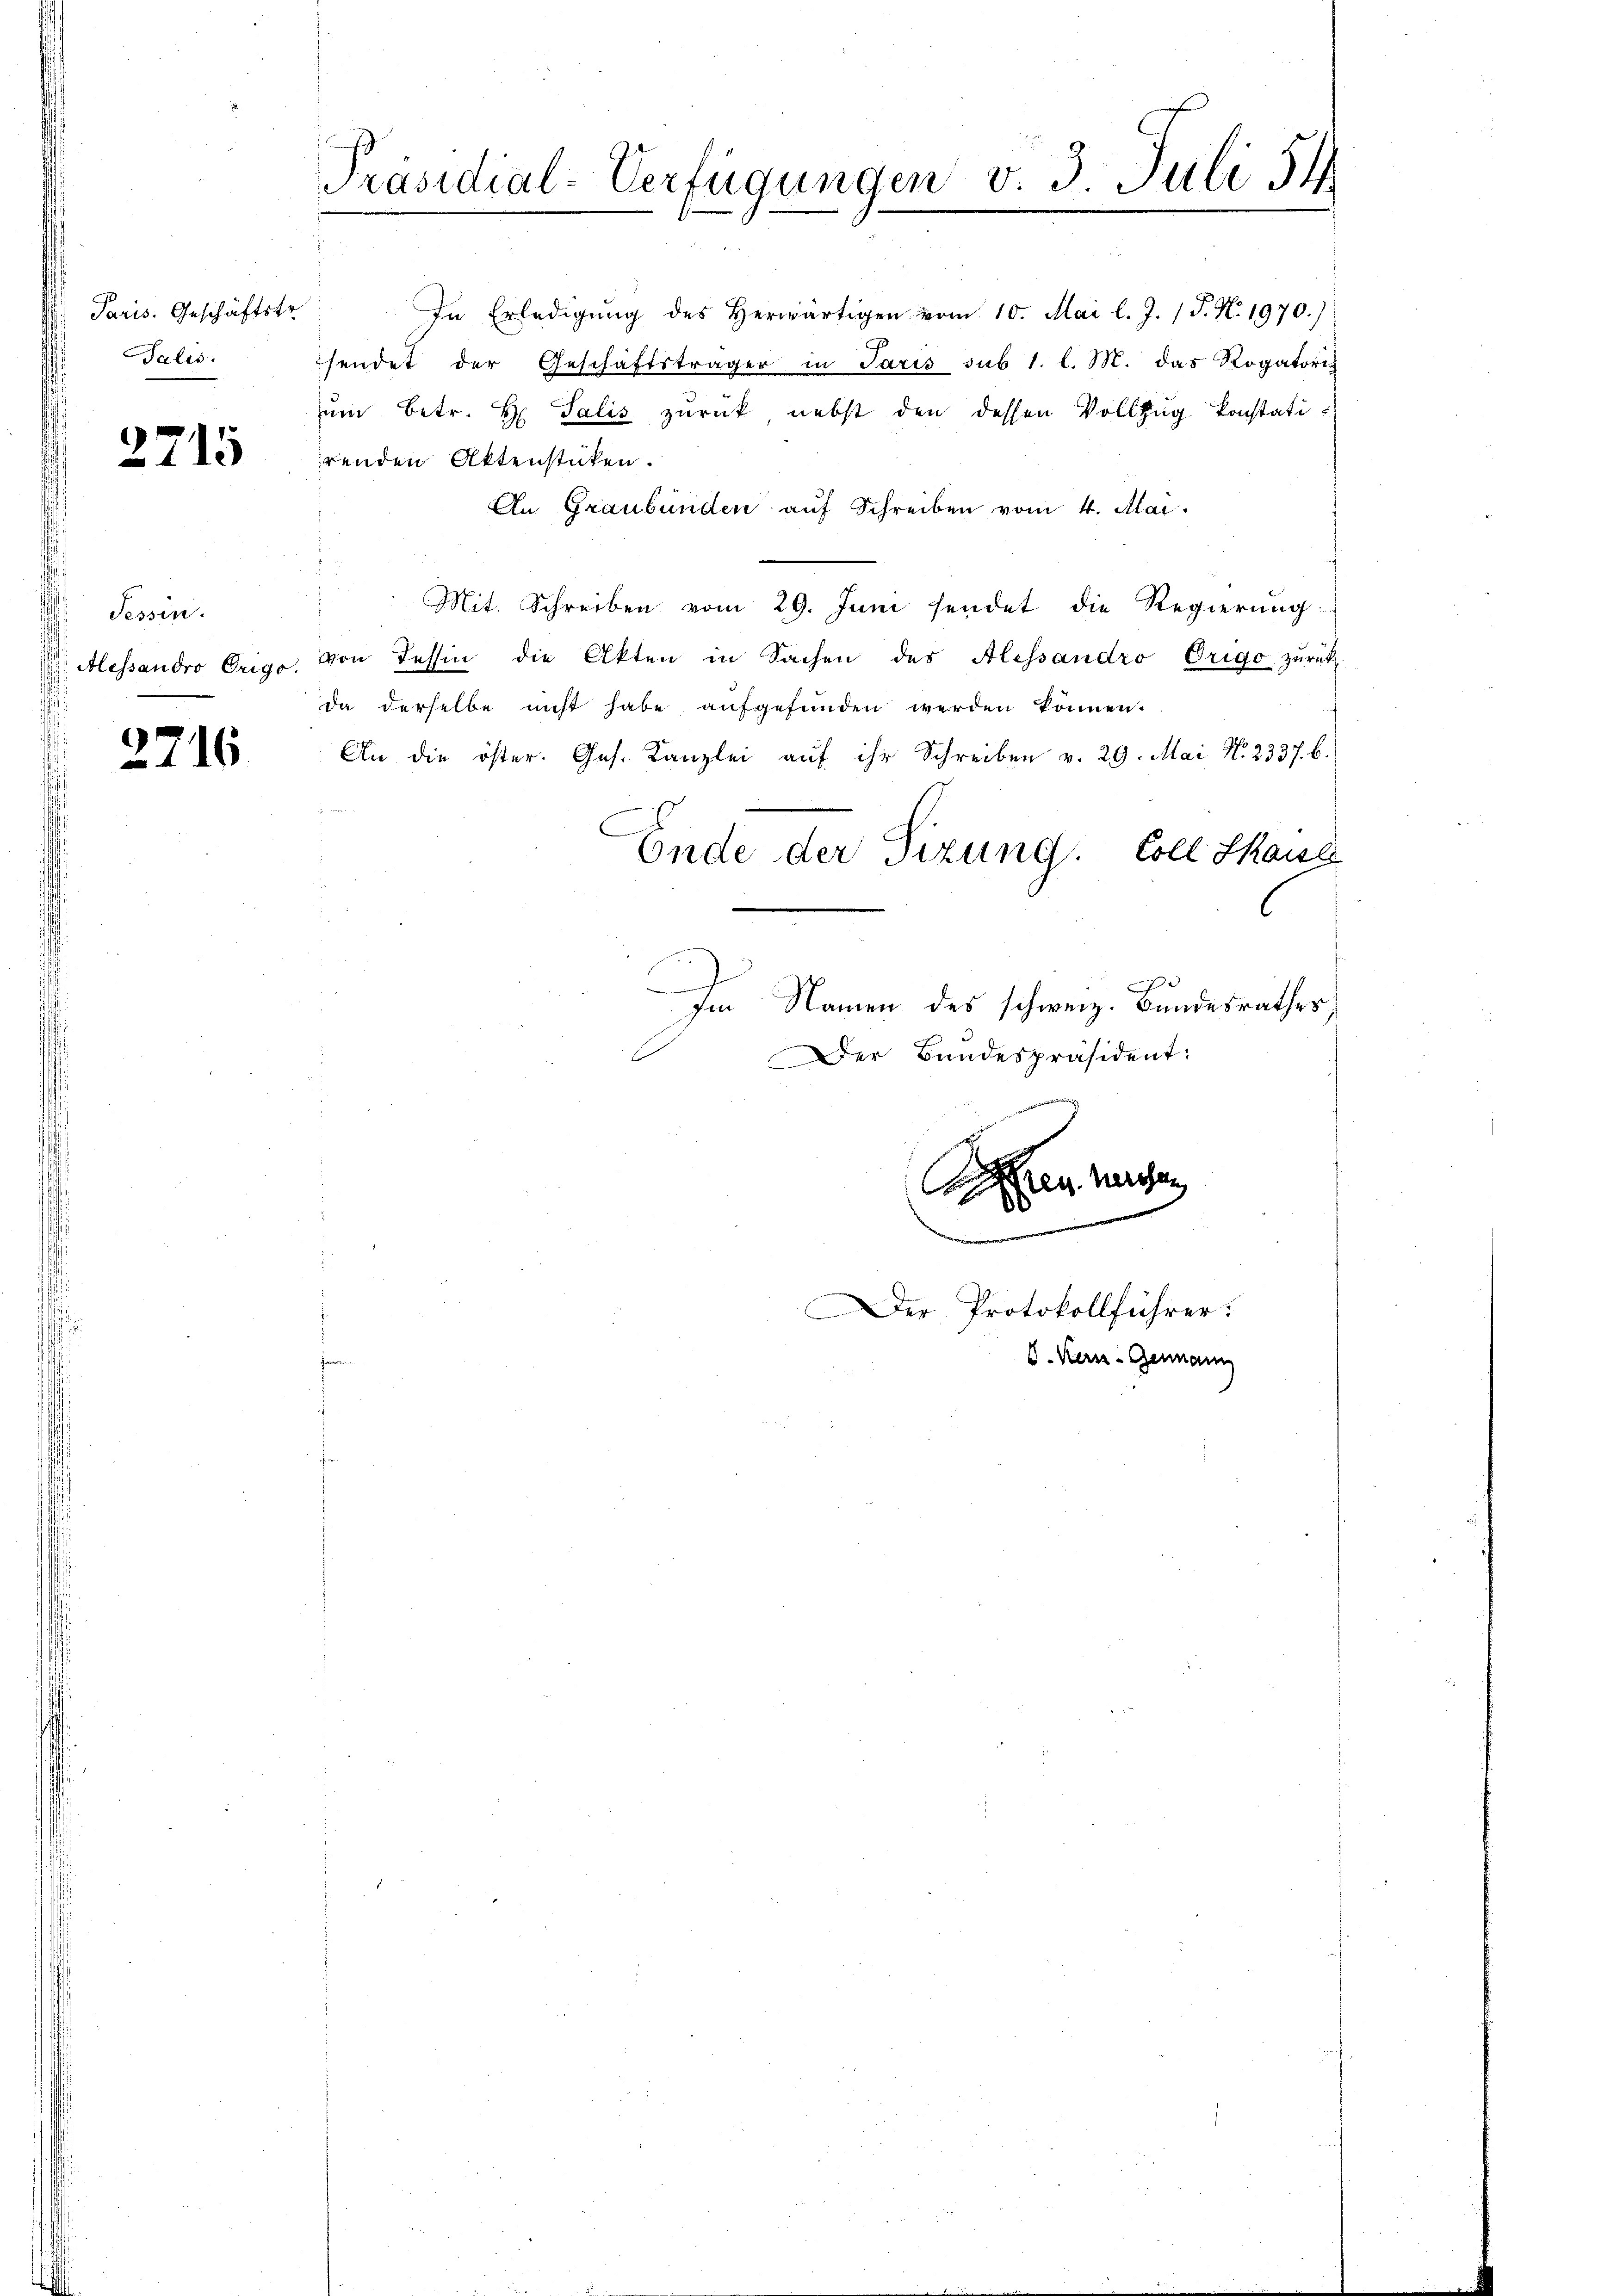
Paris. Geschäftstr
Talis

2715

Tessin.
 Alessandro Trigo.

2716

Präsidial-Verfügungen v. 3. Juli 34.

In Erledigŭng des herwärtigen vom 10. Mai l. J. J. N. 1970.)
sendet der Geschäftsträger in Paris sub 1. l. M. das Rogatoris
ŭm betr. H. Salis zurück nebst den dessen Vollzug konstatirenden Aktenstücken.
An Graubünden auf Schreiben vom 4. Mai.
Mit. Schreiben vom 29. Juni sendet die Regierung
von Tessin die Akten in Sachen des Alessandro Origo zurück
da derselbe nicht habe aufgefunden werden können.
An die öster. Ges. Kanzlei aŭf ihr Schreiben v. 29. Mai No 2337. b.
Ende der Sizung. Coll Haus
l
a
Im Namen des schweiz. Bundesrathes
Der Bundespräsident:

Arau Marchen
er Protokollführer.
J. Kers- Genann